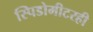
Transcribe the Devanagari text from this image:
स्पिडोमीटरही